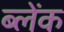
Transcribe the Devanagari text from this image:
ब्लेंक